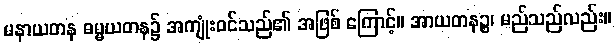
မနာယတန ဓမ္မယတန၌ အကျုံးဝင်သည်၏ အဖြစ် ကြောင့်။ အာယတနဉ္စ၊ မည်သည်လည်း။